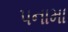
પનામા